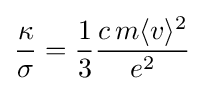
{\frac {\kappa }{\sigma }}={\frac {1}{3}}{\frac {c\,m\langle v\rangle ^{2}}{e^{2}}}